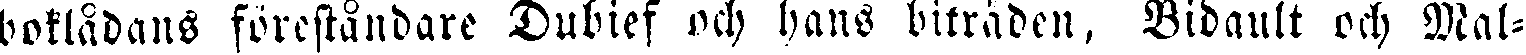
boklådans föreståndare Dubief och hans biträden, Bidault och Mal-